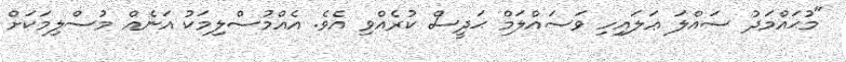
"މުޙައްމަދު ސައްލަ ޢަލައިހި ވަސައްލަމް ޙަދީސް ކުރެއްވި އެވެ. އެއްމުސްލިމަކު އަނެއް މުސްލިމަކަށް